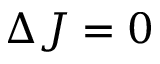
\Delta J = 0